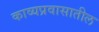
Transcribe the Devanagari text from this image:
काव्यप्रवासातील